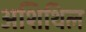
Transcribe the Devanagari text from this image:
अशिथिल